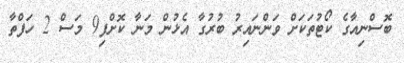
ބޮސްނިއާގެ ކޯޓުތަކަށް ވަންނައިރު ބުރުގާ އެޅުން މަނާ ކޮށްފި9 މަސް 2 ހަފްތާ